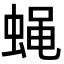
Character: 蝇